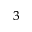
^ 3